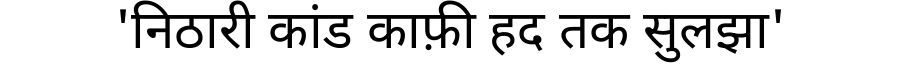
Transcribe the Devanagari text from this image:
'निठारी कांड काफ़ी हद तक सुलझा'